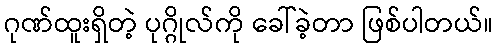
ဂုဏ်ထူးရှိတဲ့ ပုဂ္ဂိုလ်ကို ခေါ်ခဲ့တာ ဖြစ်ပါတယ်။